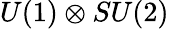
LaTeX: U(1)\otimes SU(2)